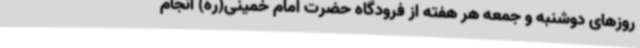
روزهای دوشنبه و جمعه هر هفته از فرودگاه حضرت امام خمینی(ره) انجام